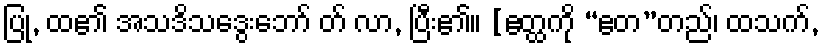
ပြု, ထ၏ အသဒိသဒွေးဘော် တ် လာ, ပြီး၏။ [ဧတ္ထကို “ဧတ”တည်၊ ထသက်,